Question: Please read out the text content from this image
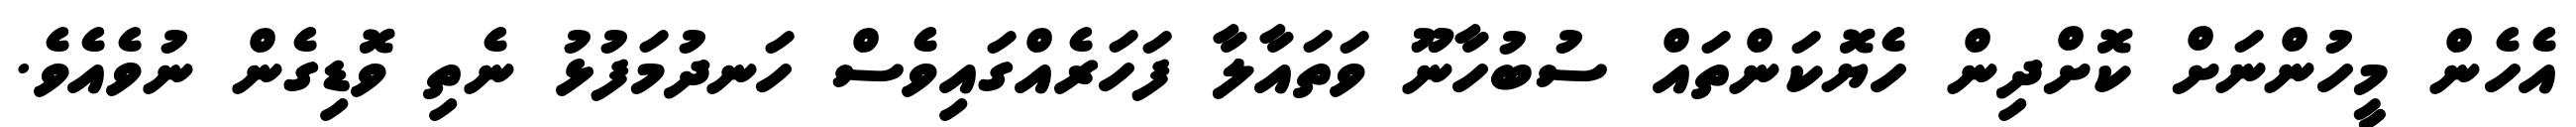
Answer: އެހެން މީހުންނަށް ކޮށްދިން ހެޔޮކަންތައް ސުބުހާނޫ ވަތައާލާ ފަހަރެއްގައިވެސް ހަނދުމަފުޅު ނެތި ވޮޑިގެން ނުވެއެވެ.